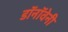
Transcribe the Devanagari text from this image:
डॉनॉवेनी